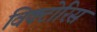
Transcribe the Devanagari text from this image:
विक्टोरिस